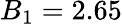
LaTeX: B_{1}=2.65